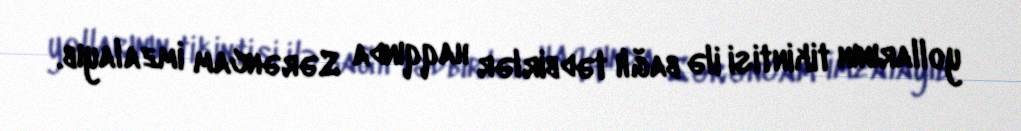
yollarının tikintisi ilə bağlı tədbirlər haqqında Sərəncam imzalayıb.